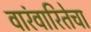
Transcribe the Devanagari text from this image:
वारंवारितेचा